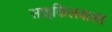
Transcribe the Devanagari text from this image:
साइकिलवाला